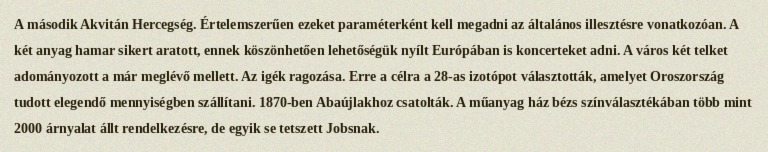
A második Akvitán Hercegség. Értelemszerűen ezeket paraméterként kell megadni az általános illesztésre vonatkozóan. A két anyag hamar sikert aratott, ennek köszönhetően lehetőségük nyílt Európában is koncerteket adni. A város két telket adományozott a már meglévő mellett. Az igék ragozása. Erre a célra a 28-as izotópot választották, amelyet Oroszország tudott elegendő mennyiségben szállítani. 1870-ben Abaújlakhoz csatolták. A műanyag ház bézs színválasztékában több mint 2000 árnyalat állt rendelkezésre, de egyik se tetszett Jobsnak.